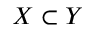
X \subset Y